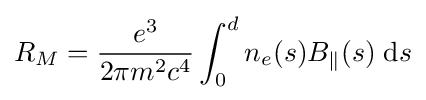
R_{M}={\frac {e^{3}}{2\pi m^{2}c^{4}}}\int _{0}^{d}n_{e}(s)B_{\parallel }(s)\;\mathrm {d} s